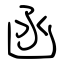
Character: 函